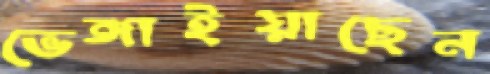
ভেঙ্গাইয়াছেন